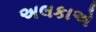
અલકાએ